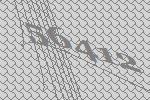
56412